Vaccination in the Punjab 1905-1918 - 1905-1918
Year: 1905
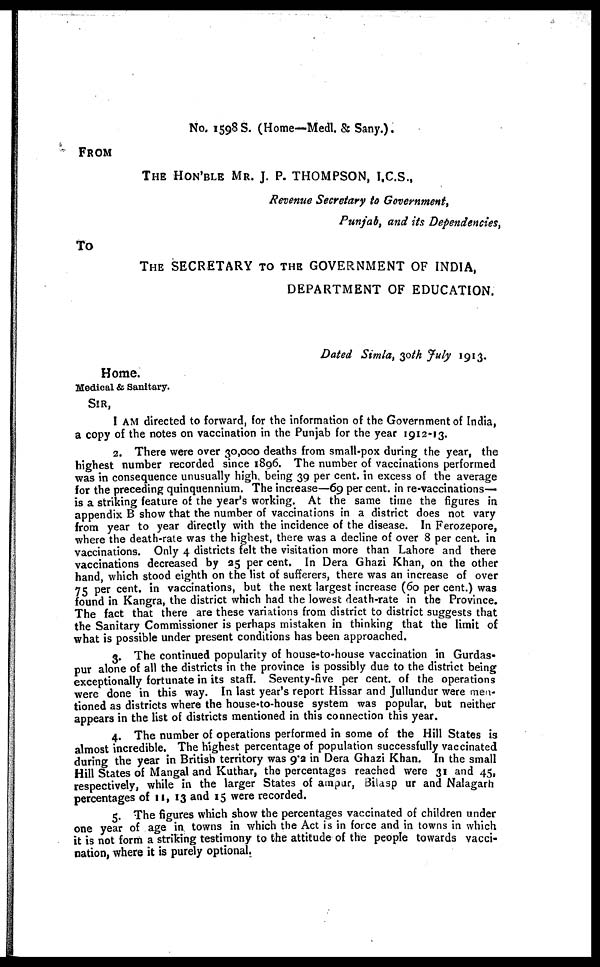
No. 1598 S. (Home—Medl. & Sany.).
FROM
THE HON'BLE MR. J. P. THOMPSON, I.C.S.,
Revenue Secretary to Government,
Punjab, and its Dependencies,
To
THE SECRETARY TO THE GOVERNMENT OF INDIA,
DEPARTMENT OF EDUCATION.
Dated Simla, 30th July 1913.
Home.
Medical & Sanitary.
SIR,
I AM directed to forward, for the information of the Government of India,
a copy of the notes on vaccination in the Punjab for the year 1912-13.
2. There were over 30,000 deaths from small-pox during the year, the
highest number recorded since 1896. The number of vaccinations performed
was in consequence unusually high being 39 per cent. in excess of the average
for the preceding quinquennium. The increase—69 per cent. in re-vaccinations—
is a striking feature of the year's working. At the same time the figures in
appendix B show that the number of vaccinations in a district does not vary
from year to year directly with the incidence of the disease. In Ferozepore,
where the death-rate was the highest, there was a decline of over 8 per cent. in
vaccinations. Only 4 districts felt the visitation more than Lahore and there
vaccinations decreased by 25 per cent. In Dera Ghazi Khan, on the other
hand which stood eighth on the list of sufferers, there was an increase of over
75 per cent. in vaccinations, but the next largest increase (60 per cent.) was
found in Kangra, the district which had the lowest death-rate in the Province.
The fact that there are these variations from district to district suggests that
the Sanitary Commissioner is perhaps mistaken in thinking that the limit of
what is possible under present conditions has been approached.
3. The continued popularity of house-to-house vaccination in Gurdas¬
pur alone of all the districts in the province is possibly due to the district being
exceptionally fortunate in its staff. Seventy-five per cent. of the operations
were done in this way. In last year's report Hissar and Jullundur were men-
tioned as districts where the house-to-house system was popular, but neither
appears in the list of districts mentioned in this connection this year.
4. The number of operations performed in some of the Hill States is
almost incredible. The highest percentage of population successfully vaccinated
during the year in British territory was 9.2 in Dera Ghazi Khan. In the small
Hill States of Mangal and Kuthar, the percentages reached were 31 and 45,
respectively, while in the larger States of ampur, Bilasp ur and Nalagarh
percentages of 11, 13 and 15 were recorded.
5. The figures which show the percentages vaccinated of children under
one year of age in towns in which the Act is in force and in towns in which
it is not form a striking testimony to the attitude of the people towards vacci-
nation, where it is purely optional.